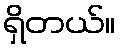
ရှိတယ်။